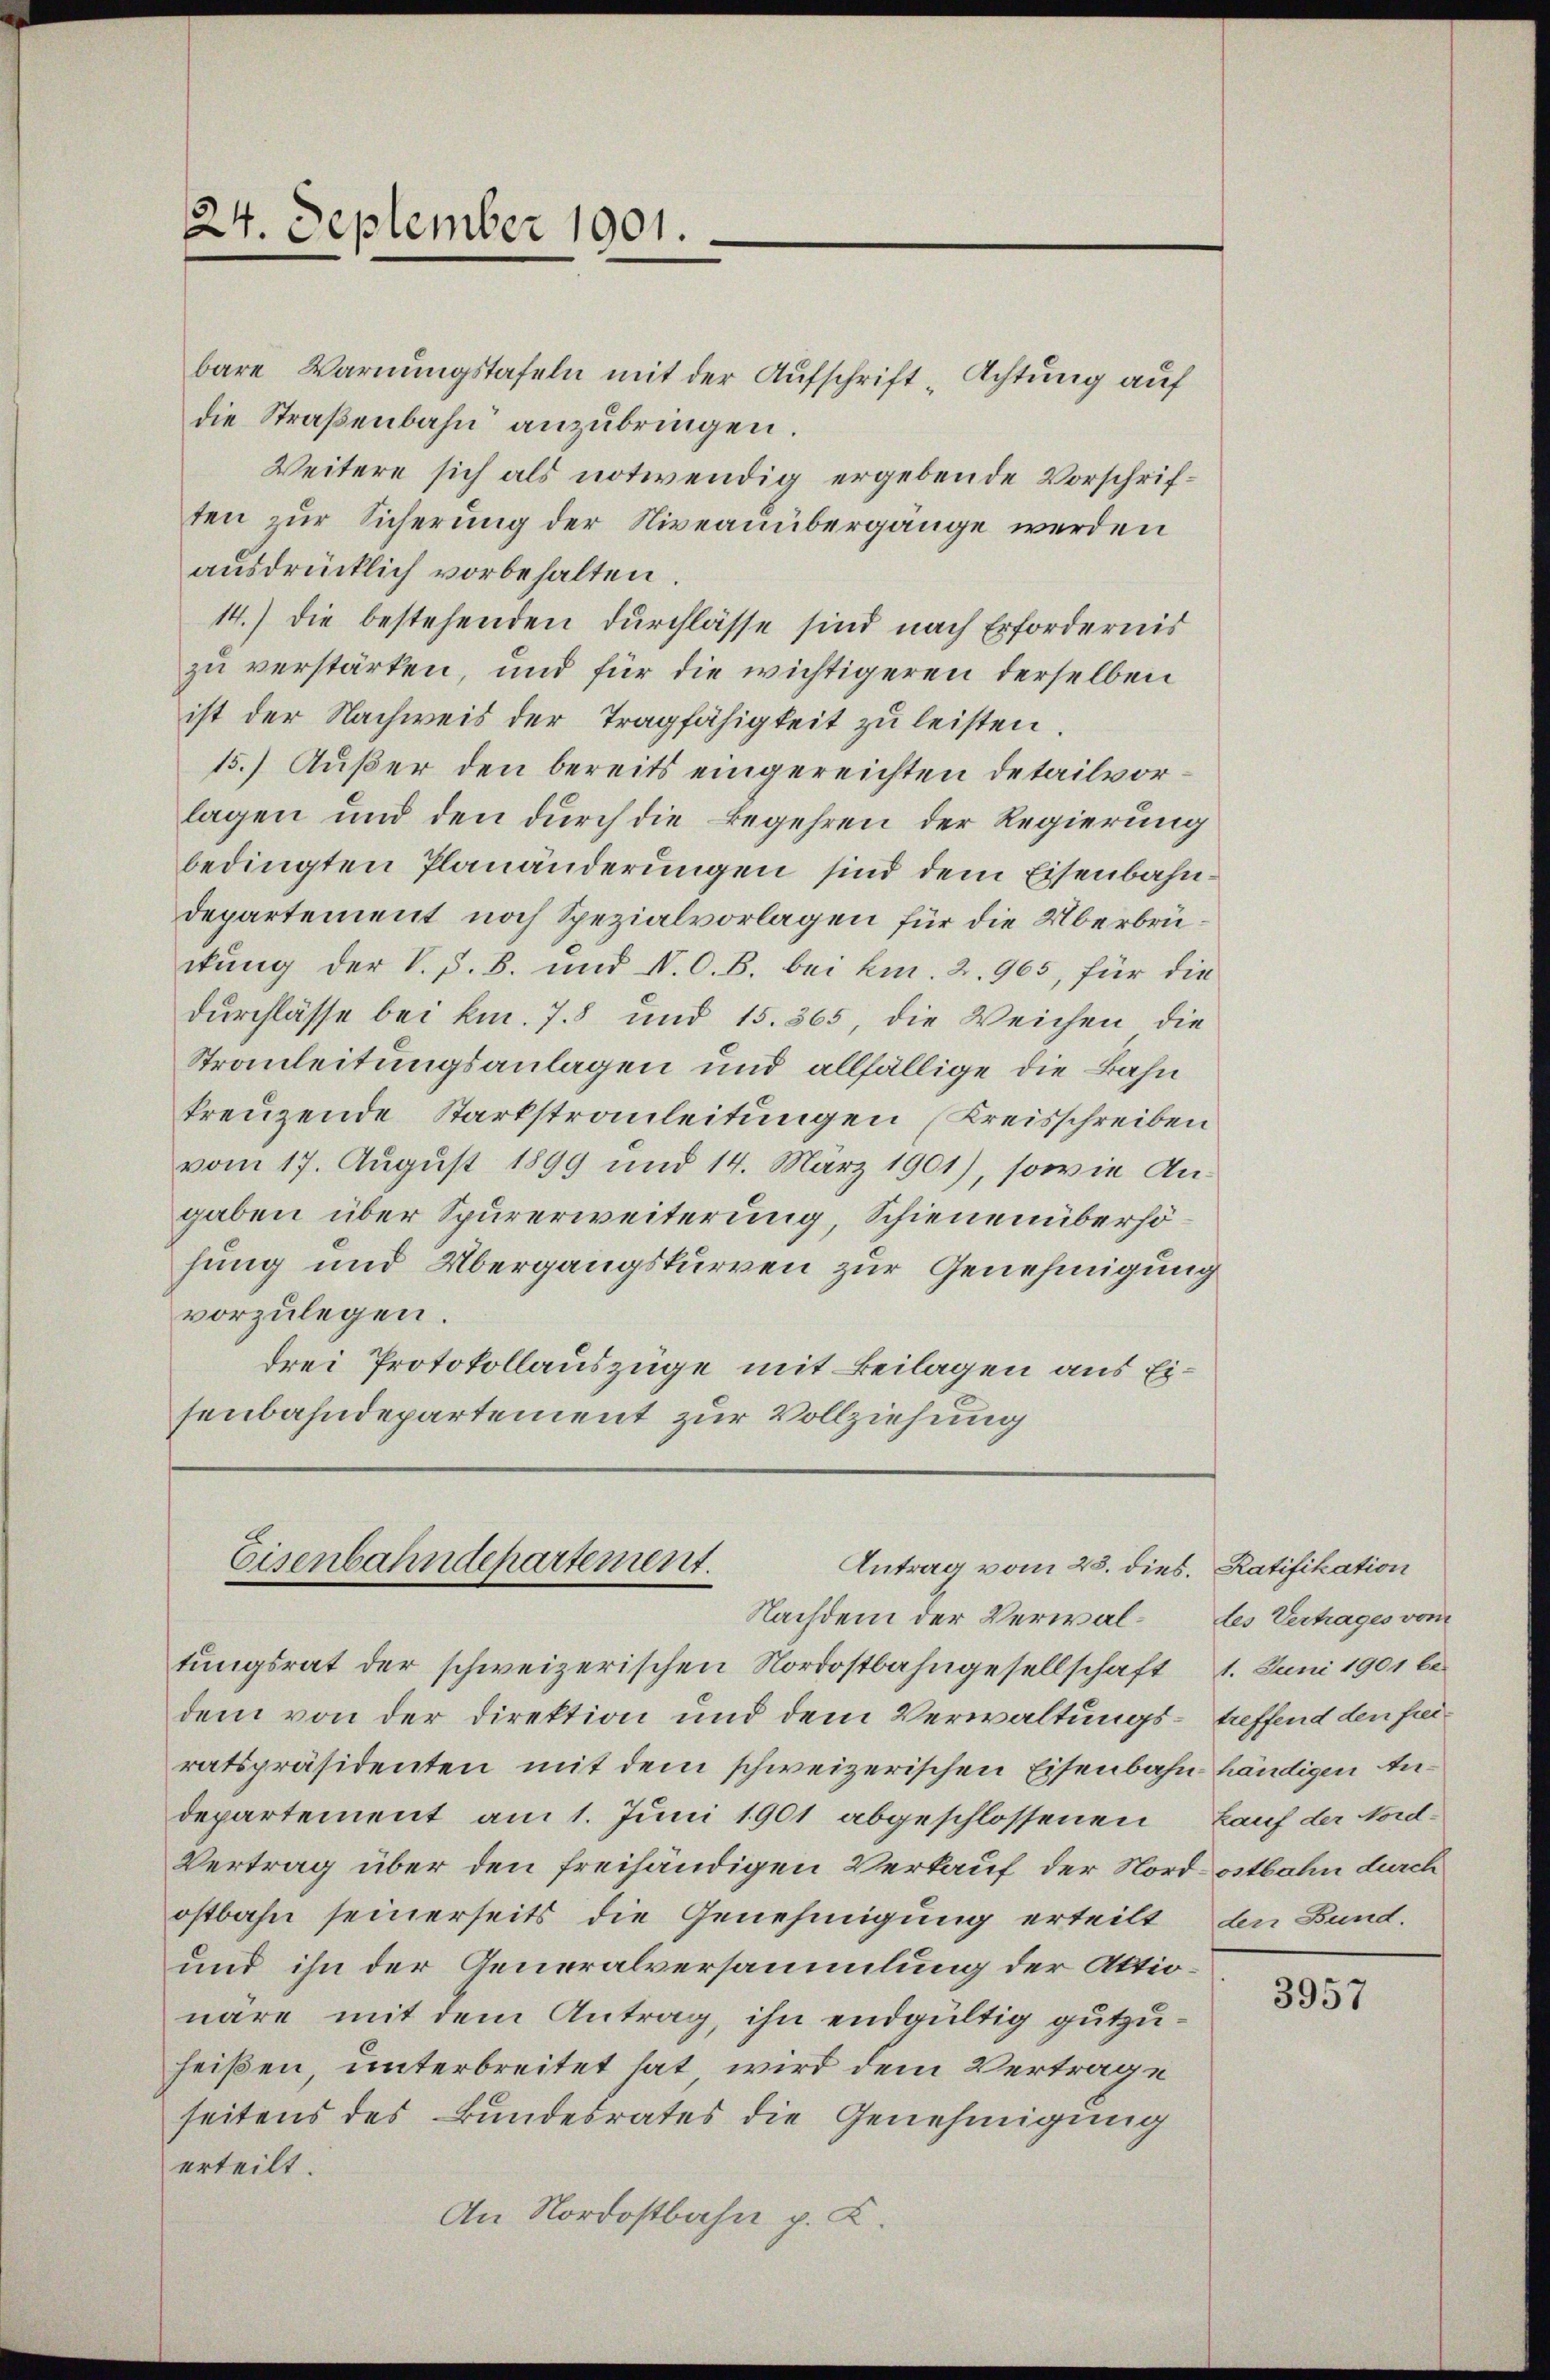
24. September 1901

bare Warnungstafeln mit der Aufschrift-Achtung auf
die Straßenbahn anzubringen.
Weitere sich als notwendig ergebende Vorschriften zur Sicherung der Niveauübergänge werden
ausdrücklich vorbehalten.
14.) die bestehenden durchlasse sind nach Erfordernis
zu verstärken, und für die wichtigeren derselben
ist der Nachweis der Tragfähigkeit zu leisten.
15.) Außer den bereits eingereichten detailvorlagen und den durch die Begehren der Regierung
bedingten Planänderungen sind dem Eisenbahndepartement noch Spezialvorlagen für die Überbrückung der V. P. B. und N. O. B. bei kn. 2. 965, für die
Durchlasse bei km. 7. 8 und 15. 365, die Weichen, die
Strauleitungsanlagen und allfällige die Bahn
kreuzende Starkstrauleitungen (Kreisschreiben
vom 17. August 1899 und 14. März 1901), sowie Angaben über Spurerweiterung, Schienen überhöhung und Übergangskurren zur Genehmigung
vorzulegen.
drei Protokollauszüge mit Beilagen aus Eisenbahndepartement zur Vollziehung

Eisenbahndepartement.
Antrag vom 23. dies. Ratifikation
Nachdem der Verwal¬

tungsrat der schweizerischen Nordostbahngesellschaft
dem von der Direktion und dem Verwaltungsratspräsidenten mit dem schweizerischen Eisenbahn händigen Andepartement am 1. Juni 1901 abgeschlossenen
Vertrag über den freihändigen Verkauf der Nordostbahn durch
ostbahn seinerseits die Genehmigung erteilt
und ihn der Generalversammlung der Aktionäre mit dem Antrag, ihn endgültig gutzuheißen, unterbreitet hat, wird dem Vertrage
seitens des Bundesrates die Genehmigung
erteilt.
An Nordostbahn p. L

des Vertrages vom
1. Juni 1901 be
treffend den freikauf der Nord-
den Bund.

3957